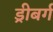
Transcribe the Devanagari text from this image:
ड्रीबर्ग